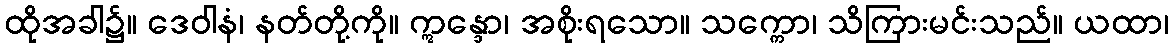
ထိုအခါ၌။ ဒေဝါနံ၊ နတ်တို့ကို။ ဣန္ဒော၊ အစိုးရသော။ သက္ကော၊ သိကြားမင်းသည်။ ယထာ၊